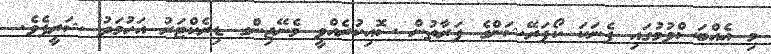
މި އެއްބަސްވުމުގައި ފެނަކަ ކޯޕަރޭޝަންގެ ފަރާތުން ސޮއިކުރެއްވީ މެނޭޖިންގ ޑިރެކްޓަރު އަހުމަދު ޝަރީފެވެ.